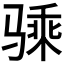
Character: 𱅢